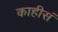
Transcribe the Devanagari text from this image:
काहीसं